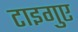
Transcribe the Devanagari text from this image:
टाइगुए